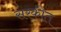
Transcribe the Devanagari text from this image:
सरकीत